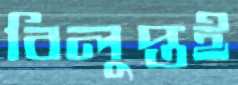
বিলুপ্তই